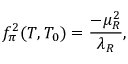
f _ { \pi } ^ { 2 } ( T , T _ { 0 } ) = \frac { - \mu _ { R } ^ { 2 } } { \lambda _ { R } } ,